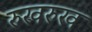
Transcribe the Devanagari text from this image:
रुखरुख